Indian journal of veterinary science and animal husbandry - Volumes 15-17, 1948-1951
Year: 1948
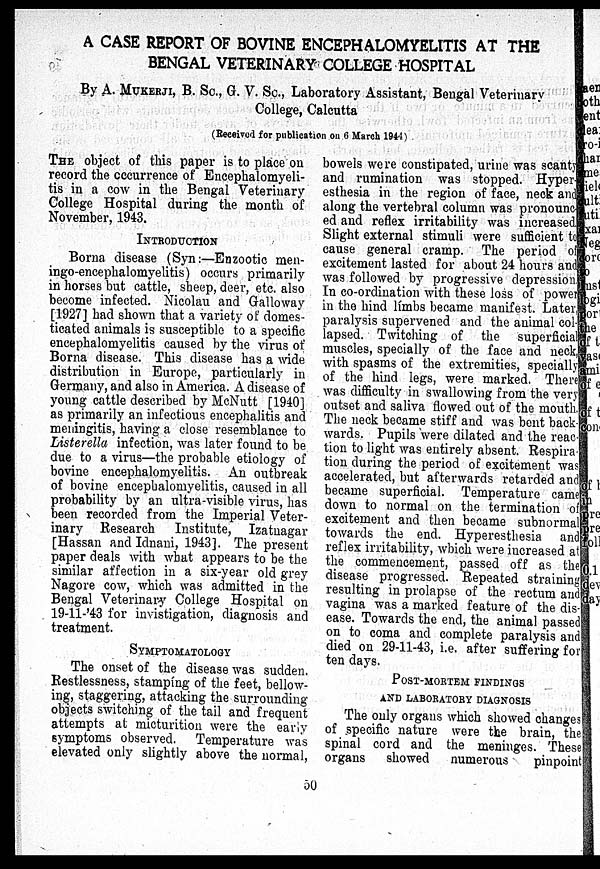
A CASE REPORT OF BOVINE ENCEPHALOMYELITIS AT THE
BENGAL VETERINARY COLLEGE HOSPITAL
By A. MUKERJI, B. Sc., G. V. Sc., Laboratory Assistant, Bengal Veterinary
College, Calcutta
(Received for publication on 6 March 1944)
THE object of this paper is to place on
record the occurrence of Encephalomyeli-
tis in a cow in the Bengal Veterinary
College Hospital during the month of
November, 1943.
INTRODUCTION
Borna disease (Syn:—Enzootic men-
ingo-encephalomyelitis) occurs primarily
in horses but cattle, sheep, deer, etc. also
become infected. Nicolau and Galloway
[1927] had shown that a variety of domes-
ticated animals is susceptible to a specific
encephalomyelitis caused by the virus of
Borna disease. This disease has a wide
distribution in Europe, particularly in
Germany, and also in America. A disease of
young cattle described by McNutt [1940]
as primarily an infectious encephalitis and
meningitis, having a close resemblance to
Listerella infection, was later found to be
due to a virus—the probable etiology of
bovine encephalomyelitis. An outbreak
of bovine encephalomyelitis, caused in all
probability by an ultra-visible virus, has
been recorded from the Imperial Veter-
inary Research Institute, Izatnagar
[Hassan and Idnani, 1943]. The present
paper deals with what appears to be the
similar affection in a six-year old grey
Nagore cow, which was admitted in the
Bengal Veterinary College Hospital on
19-11-'43 for invistigation, diagnosis and
treatment.
SYMPTOMATOLOGY
The onset of the disease was sudden.
Restlessness, stamping of the feet, bellow-
ing, staggering, attacking the surrounding
objects switching of the tail and frequent
attempts at micturition were the early
symptoms observed. Temperature was
elevated only slightly above the normal,
bowels were constipated, urine was scanty
and rumination was stopped. Hyper
esthesia in the region of face, neck and
along the vertebral column was pronounc
ed and reflex irritability was increased
Slight external stimuli were sufficient to
cause general cramp. The period of
excitement lasted for about 24 hours and
was followed by progressive depression
In co-ordination with these loss of power
in the hind limbs became manifest. Later,
paralysis supervened and the animal col-
lapsed. Twitching of the superficial
muscles, specially of the face and neck,
with spasms of the extremities, specially
of the hind legs, were marked. There
was difficulty in swallowing from the very
outset and saliva flowed out of the mouth.
The neck became stiff and was bent back-
wards. Pupils were dilated and the reac-
tion to light was entirely absent. Respira-
tion during the period of excitement was
accelerated, but afterwards retarded and
became superficial. Temperature came
down to normal on the termination of
excitement and then became subnormal
towards the end. Hyperesthesia and
reflex irritability, which were increased at
the commencement, passed off as the
disease progressed. Repeated straining
resulting in prolapse of the rectum and
vagina was a marked feature of the dis-
ease. Towards the end, the animal passed
on to coma and complete paralysis and
died on 29-11-43, i.e. after suffering for
ten days.
POST-MORTEM FINDINGS
AND LABORATORY DIAGNOSIS
The only organs which showed changes
of specific nature were the brain, the
spinal cord and the meninges. These
organs showed numerous
pinpoint
50